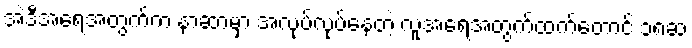
အဲ့ဒီအရေအတွက်က နာဆာမှာ အလုပ်လုပ်နေတဲ့ လူအရေအတွက်ထက်တောင် ၁၈ဆ